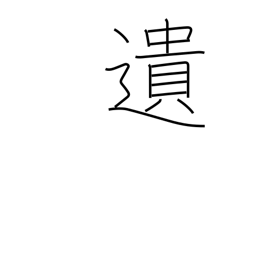
Meaning: bequeath